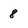
Character: 8